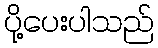
ပို့ပေးပါသည်